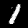
Label: 1